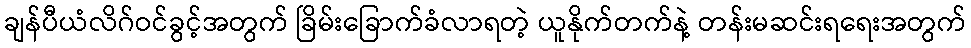
ချန်ပီယံလိဂ်ဝင်ခွင့်အတွက် ခြိမ်းခြောက်ခံလာရတဲ့ ယူနိုက်တက်နဲ့ တန်းမဆင်းရရေးအတွက်